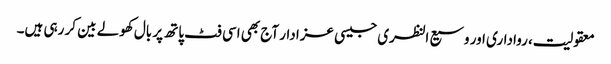
معقولیت، رواداری اور وسیع النظری جیسی عزا دار آج بھی اسی فٹ پاتھ پر بال کھولے بین کر رہی ہیں۔